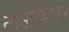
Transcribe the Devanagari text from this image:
नाऊव्हेयर